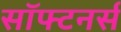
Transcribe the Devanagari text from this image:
सॉफ्टनर्स